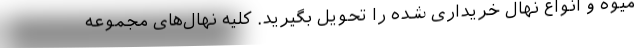
میوه و انواع نهال خریداری شده را تحویل بگیرید. کلیه نهال‌های مجموعه